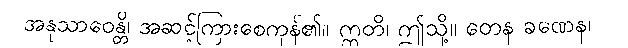
အနုသာဝေန္တိ၊ အဆင့်ကြားစေကုန်၏။ ဣတိ၊ ဤသို့။ တေန ခဏေန၊